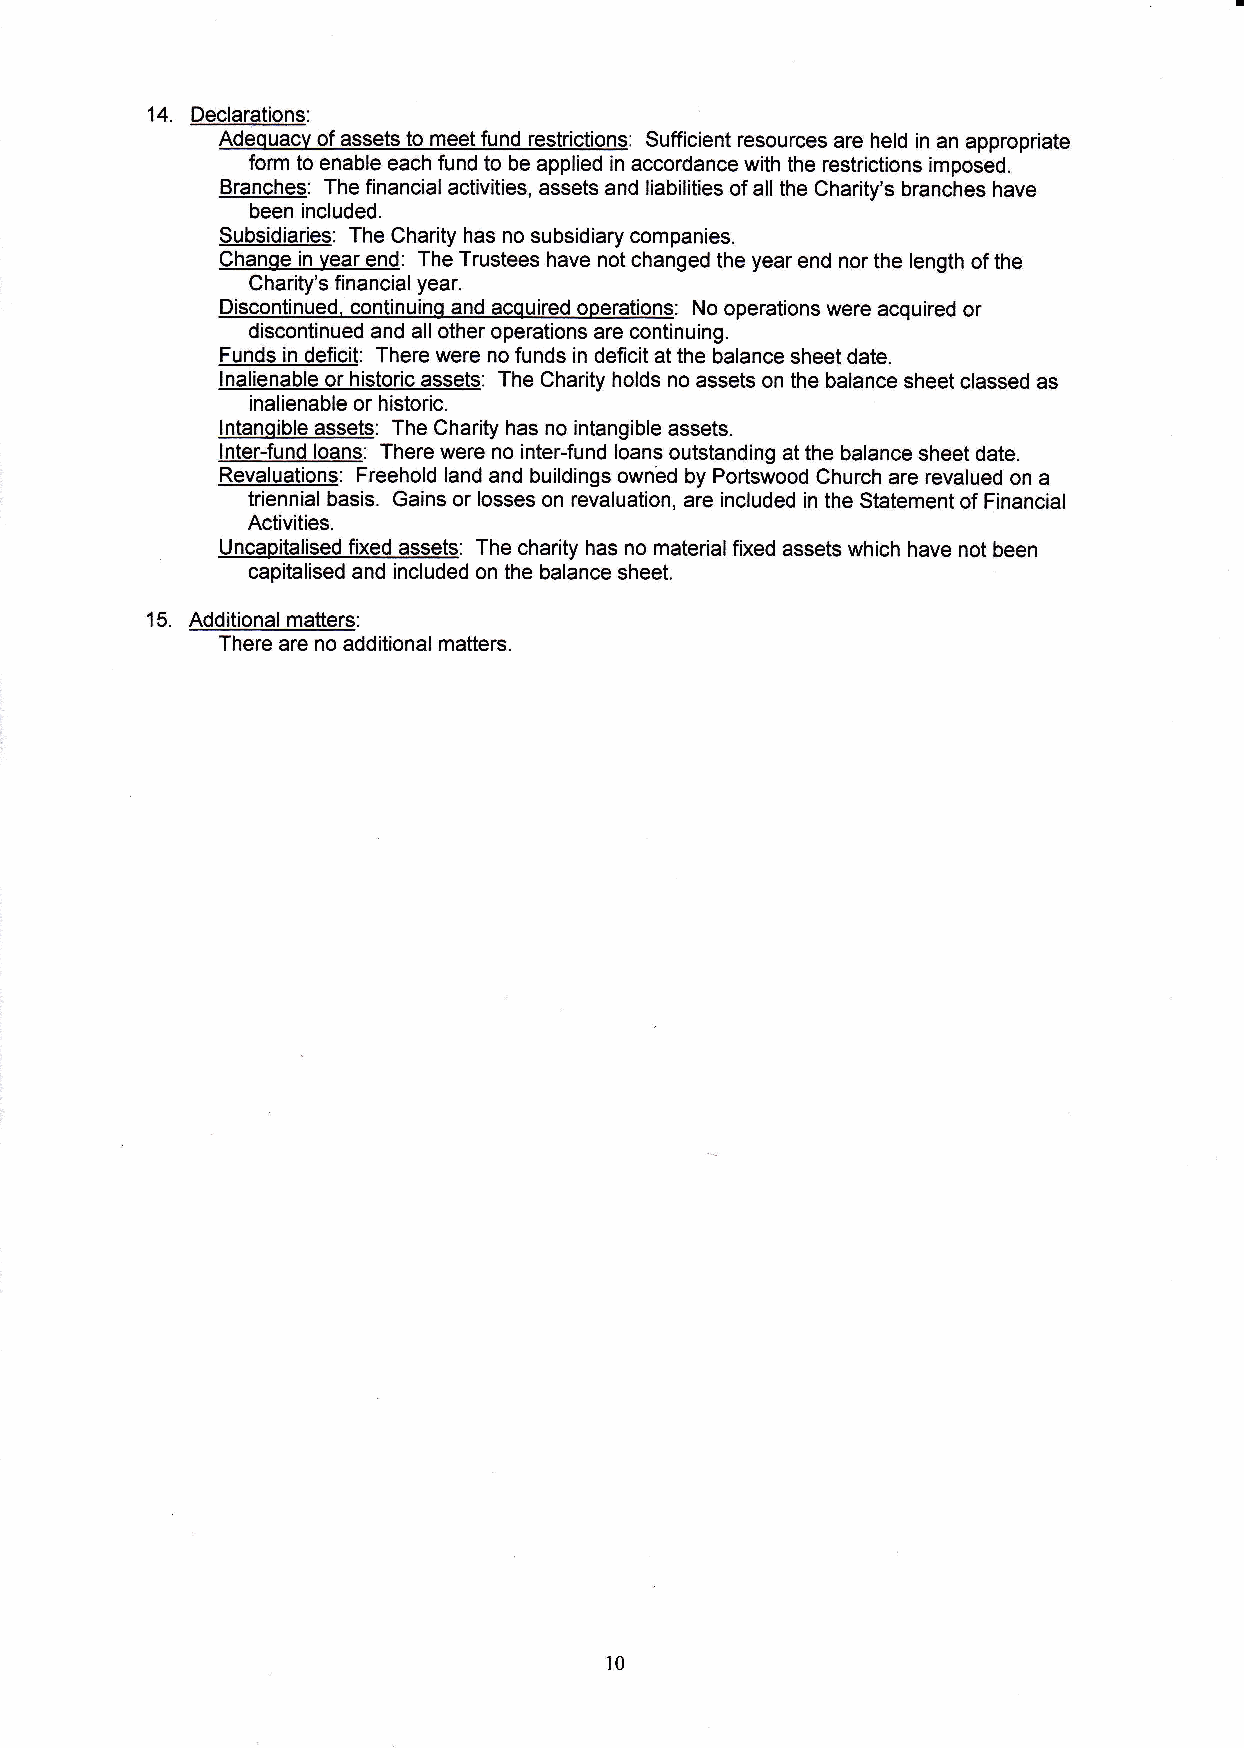
14. Declarations:
 Adequacv of assets to meet fund restrictions: Sufficient resources are held in an appropriate
 form to enable each fund to be applied in accordance with the restrictions imposed.
 Branches: The financial activities, assets and liabilities of all the Charity's branches have
 been included.
 Subsidiaries: The Charity has no subsidiary companies.
 Chanqe in vear end: The Trustees have not changed the year end nor the length of the
 Charity's financial year.
 Discontinued, continuino and acquired operations: No operations were acquired or
 discontinued and all other operations are continuing.
 Funds in deficit: There were no funds in deficit at the balance sheet date.
 lnalienable or historic assets: The Charity holds no assets on the balance sheet classed as
 inalienable or historic.
 lntanoible assets: The Charity has no intangible assets.
 lnter-fund loans: There were no inter-fund loans outstanding at the balance sheet date.
 Revaluations: Freehold land and buildings owned by Portswood Church are revalued on a
 triennial basis. Gains or losses on revaluation, are included in the Statement of Financial
 Activities.
 Uncapitalised fixed assets: The charity has no materialfixed assets which have not been
 capitalised and included on the balance sheet.
 15. Additional matters:
 There are no additional matters.
 t0